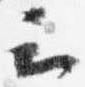
云